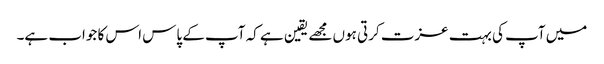
میں آپ کی بہت عزت کرتی ہوں مجھے یقین ہے کہ آپ کے پاس اس کا جواب ہے۔